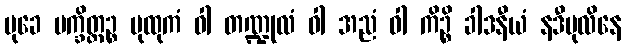
မုခေ ပက္ခိတ္တဉ္စ ပုထုကံ ဝါ တဏ္ဍုလံ ဝါ အညံ ဝါ ကိဉ္စိ ခါဒနီယံ နဒီပုလိနေ